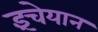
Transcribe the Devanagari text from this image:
इंचेयान